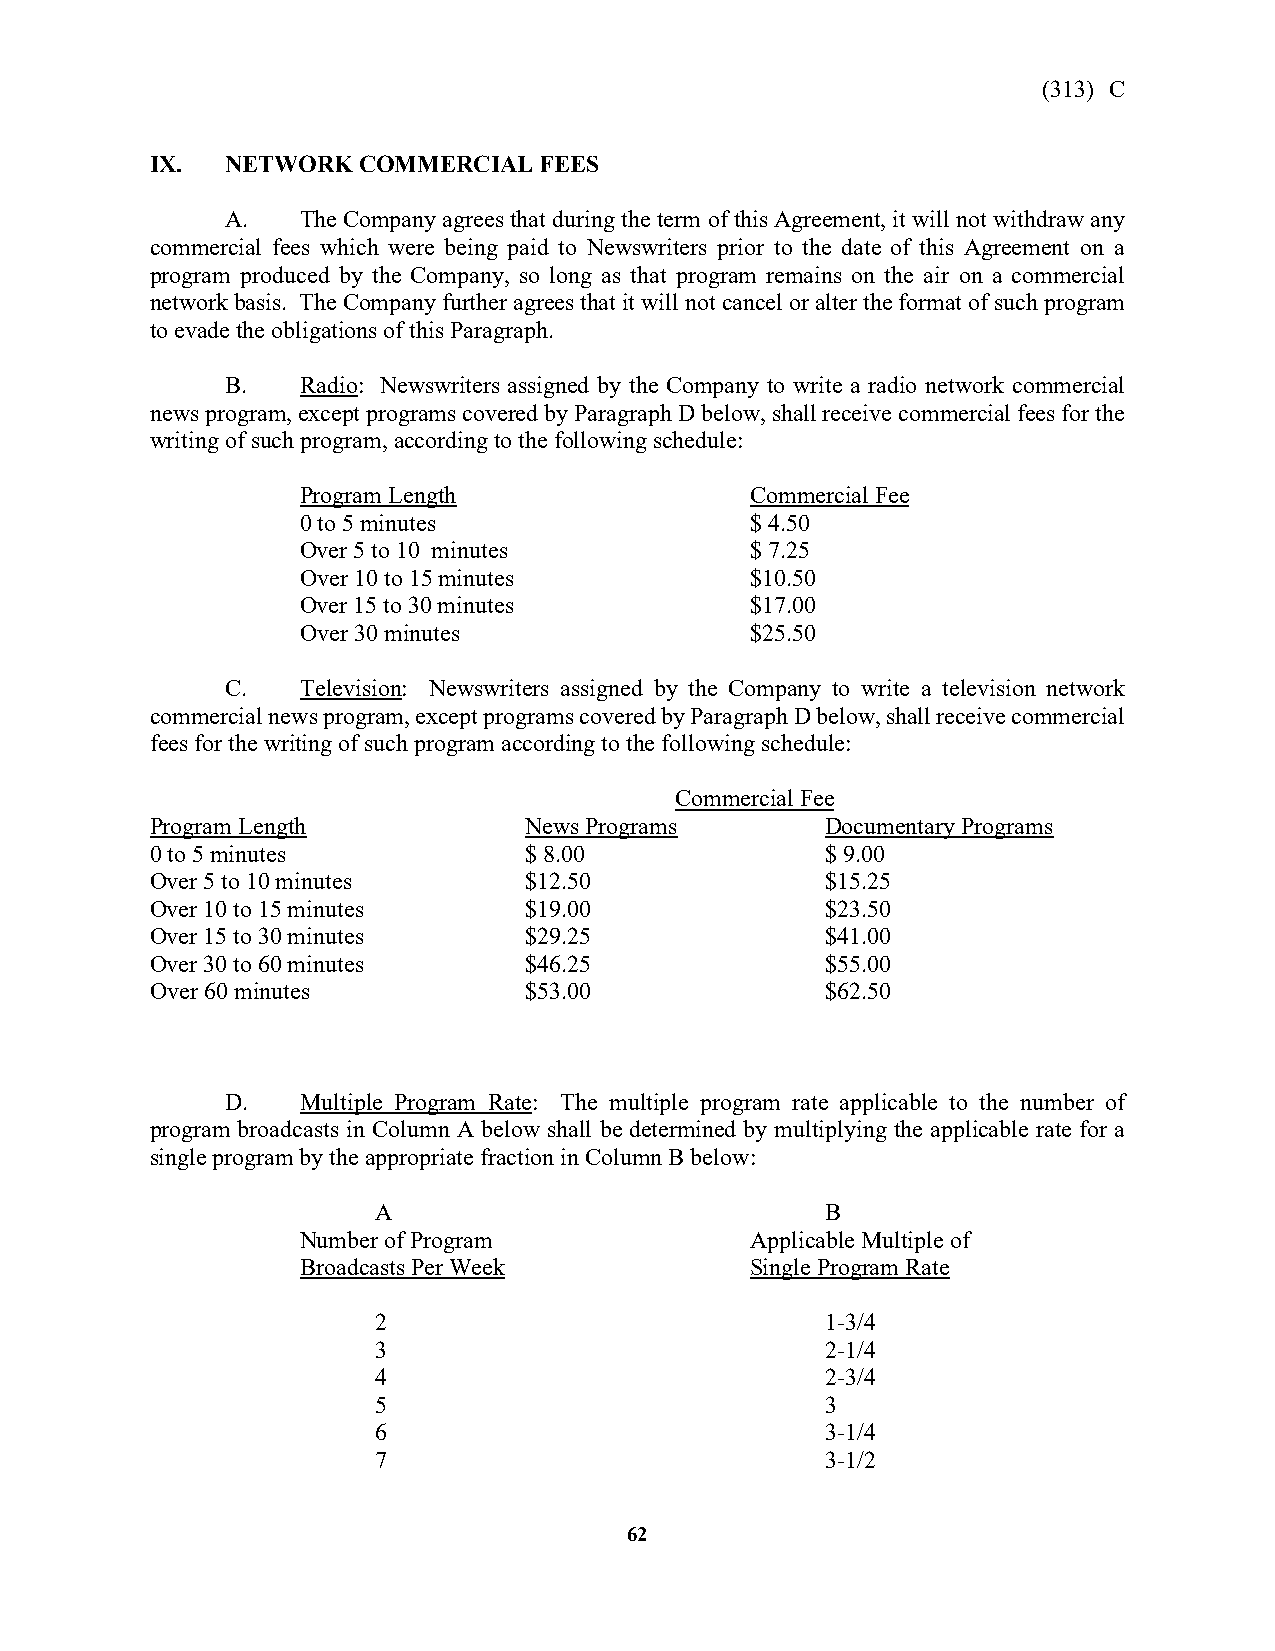
(313) C
 IX.  NETWORK  COMMERCIAL  FEES
 A.   The Company agrees that during the term of this Agreement, it will not withdraw any
 commercial fees which were being paid to Newswriters prior to the date of this Agreement on a
 program produced by the Company, so long as that program remains on the air on a commercial
 network basis. The Company further agrees that it will not cancel or alter the format of such program
 to evade the obligations of this Paragraph.
 B.   Radio: Newswriters assigned by the Company to write a radio network commercial
 news program, except programs covered by Paragraph D below, shall receive commercial fees for the
 writing of such program, according to the following schedule:
 Program Length                Commercial Fee
 0 to 5 minutes                $ 4.50
 Over 5 to 10 minutes          $ 7.25
 Over 10 to 15 minutes         $10.50
 Over 15 to 30 minutes         $17.00
 Over 30 minutes               $25.50
 C.   Television: Newswriters assigned by the Company to write a television network
 commercial news program, except programs covered by Paragraph D below, shall receive commercial
 fees for the writing of such program according to the following schedule:
 Commercial Fee
 Program Length           News Programs       Documentary Programs
 0 to 5 minutes           $ 8.00              $ 9.00
 Over 5 to 10 minutes     $12.50              $15.25
 Over 10 to 15 minutes    $19.00              $23.50
 Over 15 to 30 minutes    $29.25              $41.00
 Over 30 to 60 minutes    $46.25              $55.00
 Over 60 minutes          $53.00              $62.50
 D.   Multiple Program Rate: The multiple program rate applicable to the number of
 program broadcasts in Column A below shall be determined by multiplying the applicable rate for a
 single program by the appropriate fraction in Column B below:
 A                             B
 Number of Program             Applicable Multiple of
 Broadcasts Per Week           Single Program Rate
 2                             1-3/4
 3                             2-1/4
 4                             2-3/4
 5                             3
 6                             3-1/4
 7                             3-1/2
 62